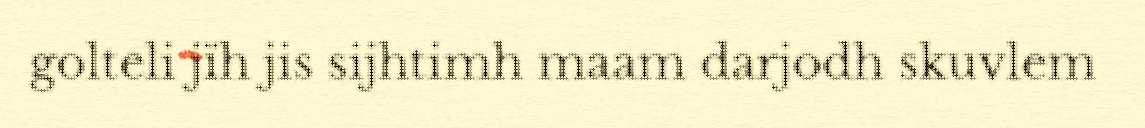
golteli jïh jis sijhtimh maam darjodh skuvlem